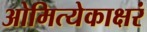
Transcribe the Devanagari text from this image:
ओमित्येकाक्षरं